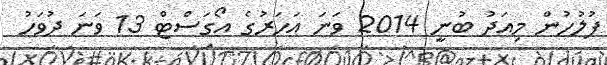
ފުލުހުން މިއަދު ބުނީ 2014 ވަނަ އަހަރުގެ އޯގަސްޓް 13 ވަނަ ދުވަހު